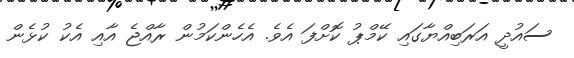
ސައުދީ އަރަބިއްޔާގައި ކޭމްޕު ކޮށްފަ އެވެ. އެހެންކަމުން ރާއްޖެ އާއި އެކު ކުޅެން